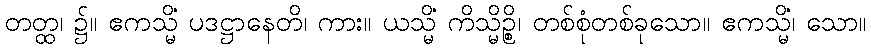
တတ္ထ၊ ၌။ ဧကသ္မိံ ပဒဋ္ဌာနေတိ၊ ကား။ ယသ္မိံ ကိသ္မိဉ္စိ၊ တစ်စုံတစ်ခုသော။ ဧကသ္မိံ၊ သော။